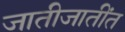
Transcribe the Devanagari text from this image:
जातीजातींत